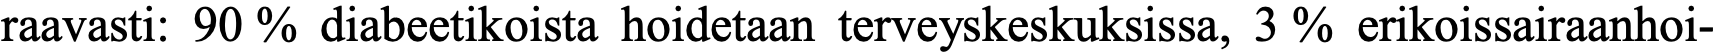
raavasti: 90 % diabeetikoista hoidetaan terveyskeskuksissa, 3 % erikoissairaanhoi-